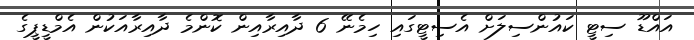
އައްޑޫ ސިޓީ ކައުންސިލަށް އެސިޓީގައި ހިމެނޭ 6 ދާއިރާއިން ކޮންމެ ދާއިރާއަކުން އެމްޑީޕީގެ